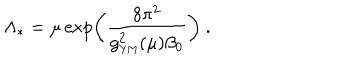
LaTeX: \Lambda _ { * } = \mu \exp \left( { \frac { 8 \pi ^ { 2 } } { g _ { \mathrm { { \small Y M } } } ^ { 2 } ( \mu ) \beta _ { 0 } } } \right) ~ .